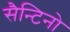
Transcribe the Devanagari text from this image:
सैन्टिनो